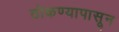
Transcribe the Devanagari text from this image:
ठोकण्यापासून